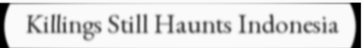
Killings Still Haunts Indonesia